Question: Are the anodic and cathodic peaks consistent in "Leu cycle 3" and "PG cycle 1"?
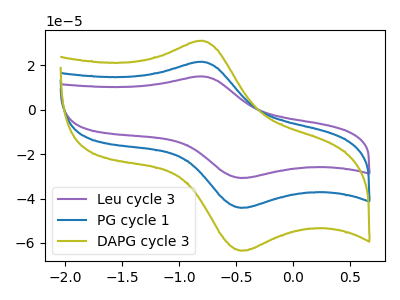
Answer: <think>The purple curve "Leu cycle 3" has an anodic peak at (-0.80V, 15.05uA) and a cathodic peak at (-0.45V, -30.75uA). The blue curve "PG cycle 1" has an anodic peak at (-0.80V, 21.65uA) and a cathodic peak at (-0.45V, -44.20uA). The olive curve "DAPG cycle 3" has an anodic peak at (-0.80V, 43.30uA) and a cathodic peak at (-0.45V, -88.35uA).</think>
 <answer>Yes, "Leu cycle 3" have a peak in "PG cycle 1" at the same potential.</answer>
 <eval>match</eval>